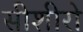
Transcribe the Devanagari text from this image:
सीशीरो